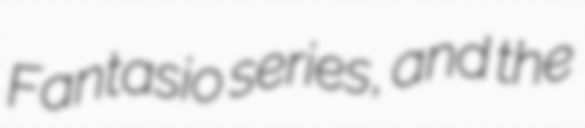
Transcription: Fantasio series, and the